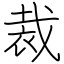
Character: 裁